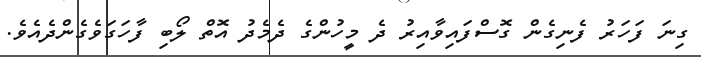
ގިނަ ފަހަރު ފެނިގެން ގޮސްފައިވާއިރު ދެ މީހުންގެ ދެމެދު އޮތް ލޯބި ފާހަގަވެގެންދެއެވެ.